Vaccination report Assam 1874-1896 - 1874-1896
Year: 1874
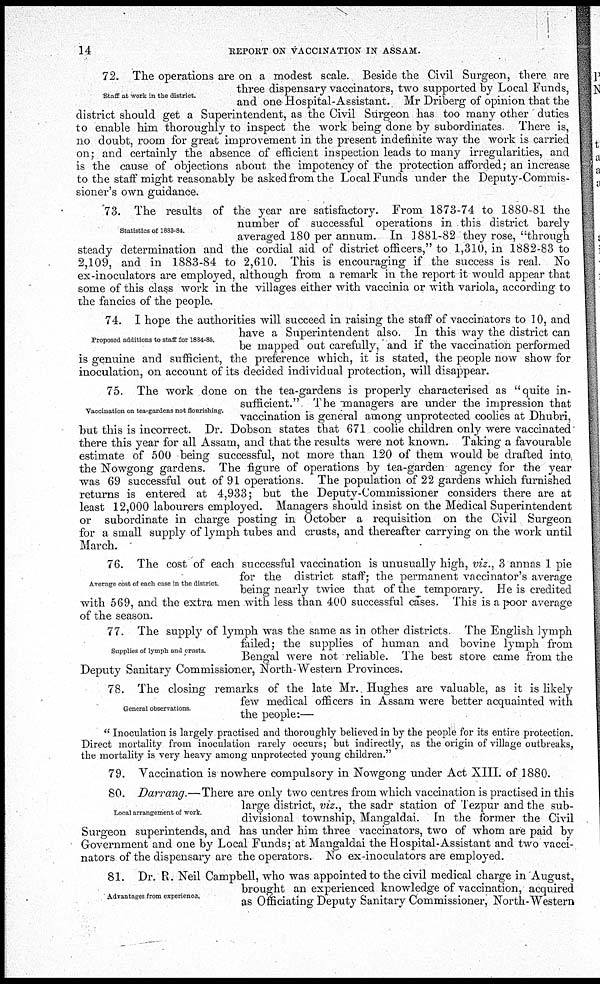
14
REPORT ON VACCINATION IN ASSAM.
Staff at work in the district.
72. The operations are on a modest scale. Beside the Civil Surgeon, there are
three dispensary vaccinators, two supported by Local Funds,
and one Hospital-Assistant. Mr Driberg of opinion that the
district should get a Superintendent, as the Civil Surgeon has too many other duties
to enable him thoroughly to inspect the work being done by subordinates There is,
no doubt, room for great improvement in the present indefinite way the work is carried
on; and certainly the absence of efficient inspection leads to many irregularities, and
is the cause of objections about the impotency of the protection afforded; an increase
to the staff might reasonably be asked from the Local Funds under the Deputy-Commis-
sioner's own guidance.
Statistics of 1883-84.
73. The results of the year are satisfactory. From 1873-74 to 1880-81 the
number of successful operations in this district barely
averaged 180 per annum. In 1881-82 they rose, "through
steady determination and the cordial aid of district officers," to 1,310, in 1882-83 to
2,109, and in 1883-84 to 2,610. This is encouraging if the success is real. No
ex-inoculators are employed, although from a remark in the report it would appear that
some of this class work in the villages either with vaccinia or with variola, according to
the fancies of the people.
Proposed additions to staff for 1884-85.
74. I hope the authorities will succeed in raising the staff of vaccinators to 10, and
have a Superintendent also. In this way the district can
be mapped out carefully,' and if the vaccination performed
is genuine and sufficient, the preference which, it is stated, the people now show for
inoculation, on account of its decided individual protection, will disappear.
Vaccination on tea-gardens not flourishing.
75. The work done on the tea-gardens is properly characterised as "quite in-
sufficient." The managers are under the impression that
vaccination is general among unprotected coolies at Dhubri,
but this is incorrect. Dr. Dobson states that 671 coolie children only were vaccinated
there this year for all Assam, and that the results were not known. Taking a favourable
estimate of 500 being successful, not more than 120 of them would be drafted into
the Nowgong gardens. The figure of operations by tea-garden agency for the year
was 69 successful out of 91 operations. The population of 22 gardens which furnished
returns is entered at 4,933; but the Deputy-Commissioner considers there are at
least 12,000 labourers employed. Managers should insist on the Medical Superintendent
or subordinate in charge posting in October a requisition on the Civil Surgeon
for a small supply of lymph tubes and crusts, and thereafter carrying on the work until
March.
Average cost of each case in the district
76. The cost of each successful vaccination is unusually high, viz., 3 annas 1 pie
for the district staff; the permanent vaccinator's average
being nearly twice that of the temporary. He is credited
with 569, and the extra men with less than 400 successful cases. This is a poor average
of the season.
Supplies of lymph and crusts.
77. The supply of lymph was the same as in other districts. The English lymph
failed; the supplies of human and bovine lymph from
Bengal were not reliable. The best store came from the
Deputy Sanitary Commissioner, North-Western Provinces.
General observations
78. The closing remarks of the late Mr. Hughes are valuable, as it is likely
few medical officers in Assam were better acquainted with
the people:—
" Inoculation is largely practised and thoroughly believed in by the people for its entire protection.
Direct mortality from inoculation rarely occurs; but indirectly, as the origin of village outbreaks,
the mortality is very heavy among unprotected young children."
79. Vaccination is nowhere compulsory in Nowgong under Act XIII. of 1880.
Local arrangement of work
80. Darrang.—There are only two centres from which vaccination is practised in this
large district, viz., the sadr station of Tezpur and the sub-
divisional township, Mangaldai. In the former the Civil
Surgeon superintends, and has under him three vaccinators, two of whom are paid by
Government and one by Local Funds; at Mangaldai the Hospital-Assistant and two vacci-
nators of the dispensary are the operators. No ex-inoculators are employed.
Advantages from experience.
81. Dr. R. Neil Campbell, who was appointed to the civil medical charge in August,
brought an experienced knowledge of vaccination, acquired
as Officiating Deputy Sanitary Commissioner, North-Western